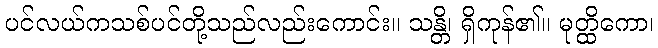
ပင်လယ်ကသစ်ပင်တို့သည်လည်းကောင်း။ သန္တိ၊ ရှိကုန်၏။ မုတ္ထိကော၊